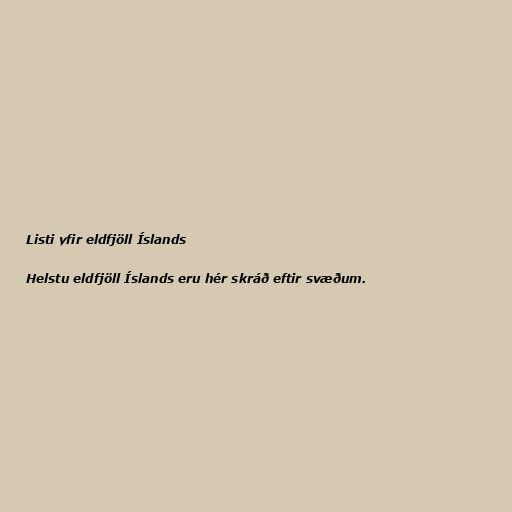
Listi yfir eldfjöll Íslands

Helstu eldfjöll Íslands eru hér skráð eftir svæðum.